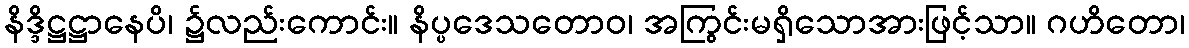
နိဒ္ဒိဋ္ဌဋ္ဌာနေပိ၊ ၌လည်းကောင်း။ နိပ္ပဒေသတောဝ၊ အကြွင်းမရှိသောအားဖြင့်သာ။ ဂဟိတော၊